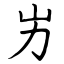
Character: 屴